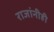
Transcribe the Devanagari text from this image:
राजांनीही